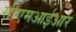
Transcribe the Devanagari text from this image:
सीएमआईआर